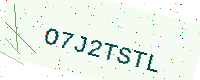
Text: O7J2TSTL